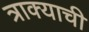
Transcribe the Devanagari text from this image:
त्राक्याची